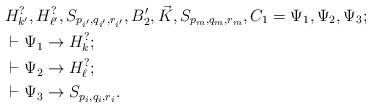
LaTeX: \begin{align*}& H_{k'}^?, H_{\ell'}^?, S_{p_{i'},q_{i'},r_{i'}}, B'_2, \vec{K}, S_{p_m,q_m,r_m}, C_1 = \Psi_1, \Psi_2, \Psi_3;\\& \vdash \Psi_1 \to H_k^?; \\& \vdash \Psi_2 \to H_\ell^?;\\& \vdash \Psi_3 \to S_{p_i,q_i,r_i}.\end{align*}